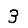
Digit: 3